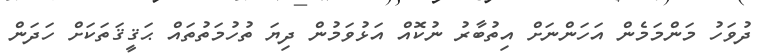
ދުވަހު މަންމަމެން އަހަންނަށް އިތުބާރު ނުކޮއް އަޅުވަމުން ދިޔަ ތުހުމަތުތައް ޙަޤީޤަތަކަށް ހަދަން